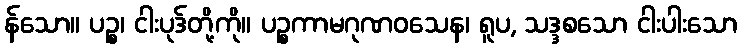
န်သော။ ပဉ္စ၊ ငါးပုဒ်တို့ကို။ ပဉ္စကာမဂုဏဝသေန၊ ရူပ, သဒ္ဒစသော ငါးပါးသော